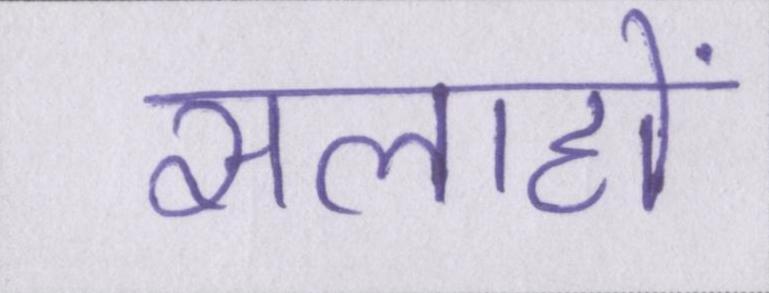
सलाहों